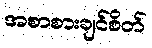
အစာစားချင်စိတ်